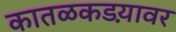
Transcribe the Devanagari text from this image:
कातळकडय़ावर